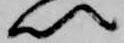
以